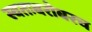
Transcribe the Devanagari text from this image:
स्वतःबरोबरच